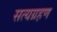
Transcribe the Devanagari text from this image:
सत्यग्रहण